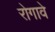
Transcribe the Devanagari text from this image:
रोगावे